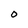
Character: 0